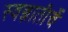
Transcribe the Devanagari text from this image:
स्वज्ञातीचें